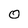
Character: O